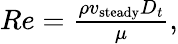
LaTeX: \begin{array}{r}{Re=\frac{\rho v_{\mathrm{steady}}D_{t}}{\mu},}\end{array}